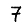
Digit: 7